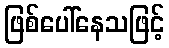
ဖြစ်ပေါ်နေသဖြင့်